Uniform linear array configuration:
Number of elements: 4
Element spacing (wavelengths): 0.75
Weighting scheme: exponential
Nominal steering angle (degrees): -60
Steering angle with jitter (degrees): -58.161
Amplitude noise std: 0.05
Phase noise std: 0.05

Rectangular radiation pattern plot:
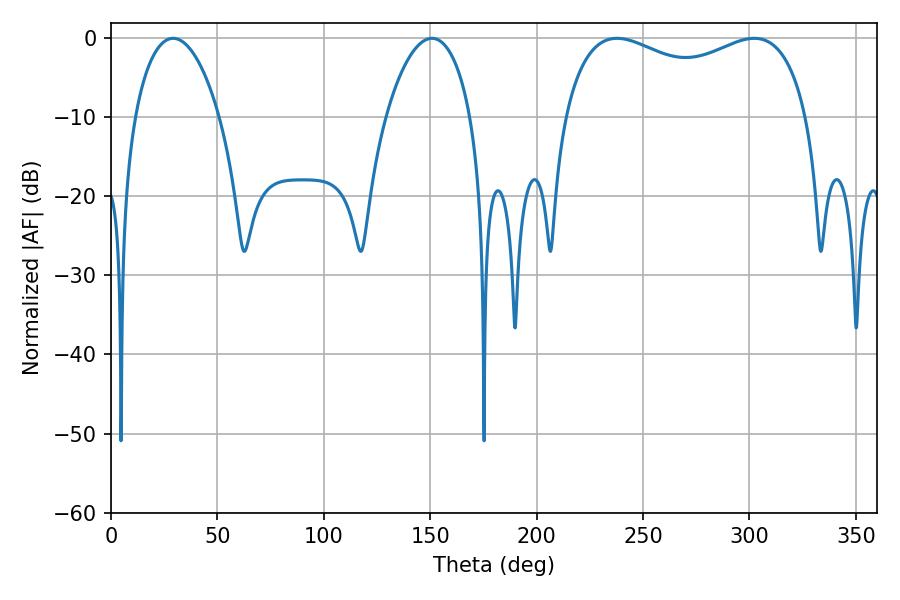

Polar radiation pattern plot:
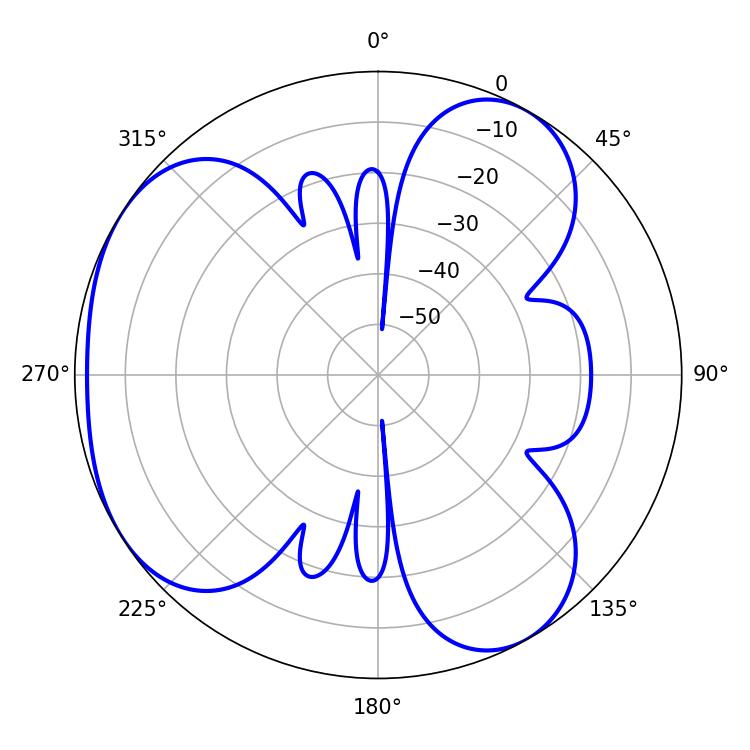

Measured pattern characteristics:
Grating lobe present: TRUE
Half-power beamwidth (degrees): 95.04
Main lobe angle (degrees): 237.78